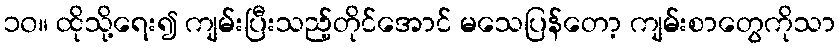
၁၀။ ထိုသို့ရေး၍ ကျမ်းပြီးသည့်တိုင်အောင် မသေပြန်တော့ ကျမ်းစာတွေကိုသာ